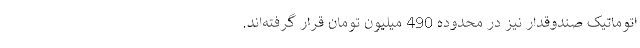
اتوماتیک‌ صندوقدار نیز در محدوده 490 میلیون تومان قرار گرفته‌اند.